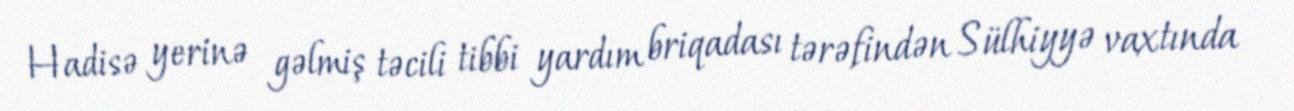
Hadisə yerinə gəlmiş təcili tibbi yardım briqadası tərəfindən Sülhiyyə vaxtında